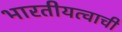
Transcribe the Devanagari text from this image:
भारतीयत्वाची